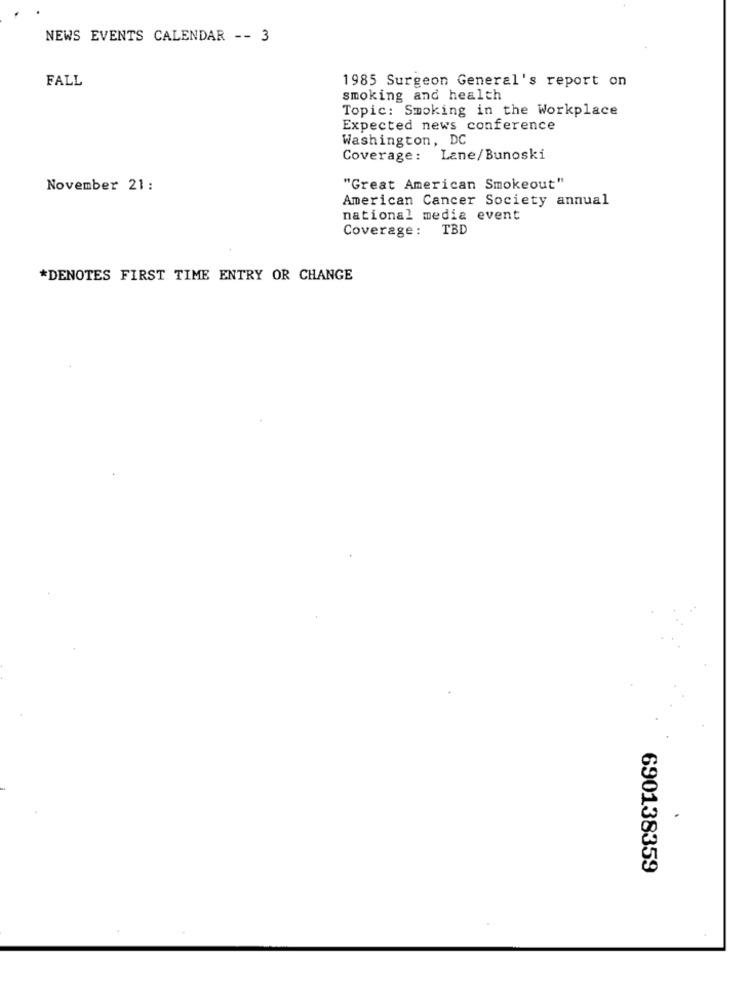
NEWS EVENTS CALENDAR -- 3
FALL
1985 Surgeon General's report on
smoking and health
Topic: Smoking in the Workplace
Expected news conference
Washington, DC
Coverage: Lane/Bunoski
November 21:
"Great American Smokeout"
American Cancer Society annual
national media event
Coverage: TBD
*DENOTES FIRST TIME ENTRY OR CHANGE
690138359